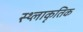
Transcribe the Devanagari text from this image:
स्थ्लाकृतिक